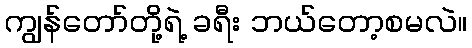
ကျွန်တော်တို့ရဲ့ ခရီး ဘယ်တော့စမလဲ။